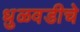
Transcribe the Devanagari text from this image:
धुळवडीचे